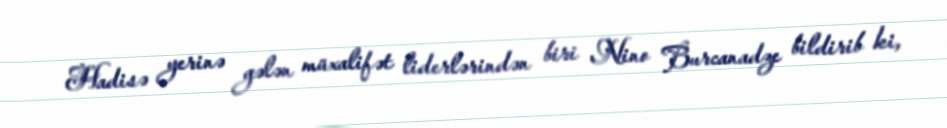
Hadisə yerinə gələn müxalifət liderlərindən biri Nino Burcanadze bildirib ki,